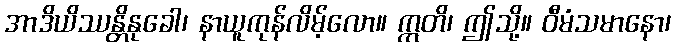
အာဒိယိဿန္တိနုခေါ၊ နာယူကုန်လိမ့်လော။ ဣတိ၊ ဤသို့။ ဝီမံသမာနော၊